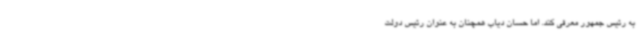
به رئیس جمهور معرفی کند. اما حسان دیاب همچنان به عنوان رئیس دولت